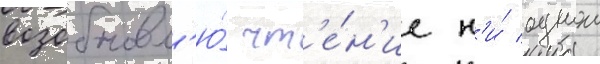
возобновл'ю́ чт'е́н'ие н'и́ однои